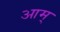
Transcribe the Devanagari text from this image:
आम्